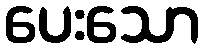
ပေးသော